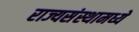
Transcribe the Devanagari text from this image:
राज्यसंस्थामध्ये